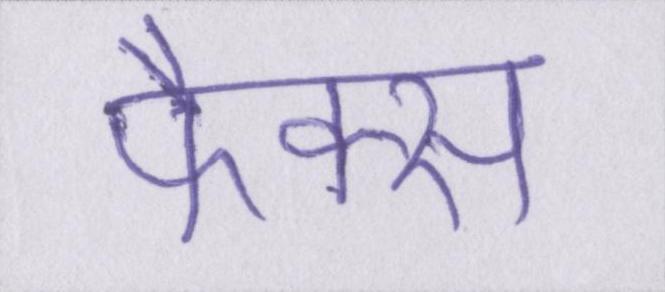
फैक्स